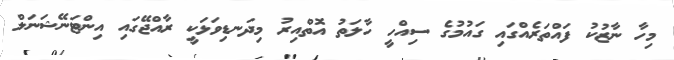
މިހާ ނާޒުކު ފައްތަރެއްގައި ގައުމުގެ ސިއްހީ ހާލަތު އޮތްއިރު މިދަނޑިވަޅަކީ ރާއްޖޭގައި އިންޓަނޭޝަނަލް